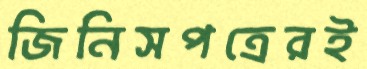
জিনিসপত্রেরই